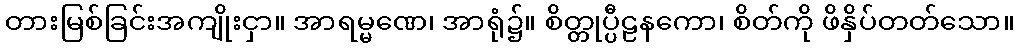
တားမြစ်ခြင်းအကျိုးငှာ။ အာရမ္မဏေ၊ အာရုံ၌။ စိတ္တုပ္ပီဠနကော၊ စိတ်ကို ဖိနှိပ်တတ်သော။